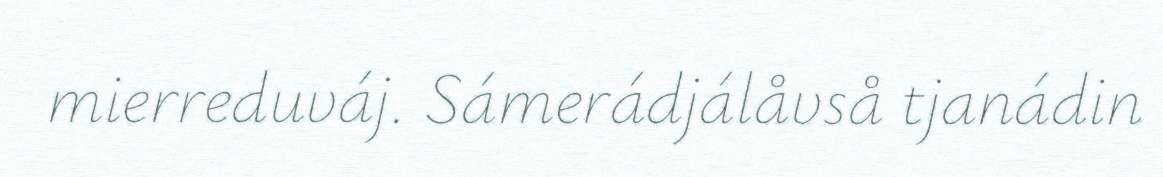
mierreduváj. Sámerádjálåvså tjanádin